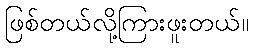
ဖြစ်တယ်လို့ကြားဖူးတယ်။